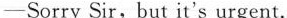
-Sorry Sir, but it's urgent.